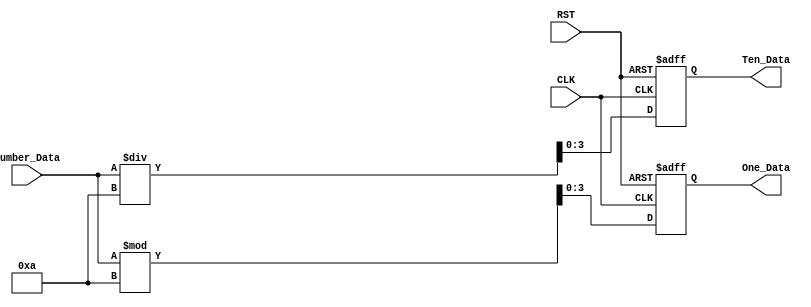
`timescale 1ns / 1ps
//////////////////////////////////////////////////////////////////////////////////
// Company: 
// 
// Design Name: 
// Module Name:    div 
// Project Name: 
// Target Devices: 
// Tool versions: 
// Description: 
//
// Dependencies: 
//
// Revision: 
// Revision 0.01 - File Created
// Additional Comments: 
//
//////////////////////////////////////////////////////////////////////////////////
module div
(
    CLK, RST,
	 Number_Data,
	 Ten_Data, One_Data
);

    input CLK;
	 input RST;
	 input [7:0]Number_Data;
	 output [3:0]Ten_Data;
	 output [3:0]One_Data;
	 
	 /*********************************/
	 
	 reg [31:0]rTen;
	 reg [31:0]rOne;
	 
	 always @ ( posedge CLK or negedge RST )
	     if( !RST )
		      begin
				    rTen <= 32'd0;
					 rOne <= 32'd0;
				end
			else 
			    begin
				     rTen <= Number_Data / 10;
					  rOne <= Number_Data % 10;
				 end
	
	 /***********************************/
	 
	 assign Ten_Data = rTen[3:0];
	 assign One_Data = rOne[3:0];
	 
	 /***********************************/

endmodule